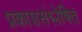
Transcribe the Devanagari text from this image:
प्रकाशसंश्लेषित